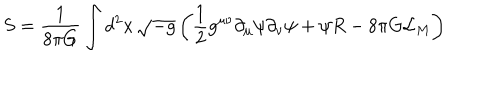
S = \frac { 1 } { 8 \pi G } \int d ^ { 2 } x \, \sqrt { - g } \left( \frac { 1 } { 2 } g ^ { \mu \nu } \partial _ { \mu } \psi \partial _ { \nu } \psi + \psi R - 8 \pi G { \cal L } _ { M } \right)